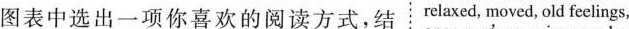
图表中选出一项你喜欢的阅读方式，结 relaxed，moved，old feelings，